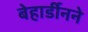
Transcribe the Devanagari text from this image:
बेहार्डीनने